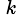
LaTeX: ^{\, k}